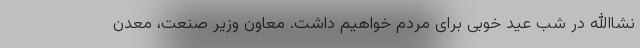
نشاالله در شب عید خوبی برای مردم خواهیم داشت. معاون وزیر صنعت، معدن